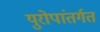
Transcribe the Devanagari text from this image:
युरोपांतर्गत